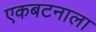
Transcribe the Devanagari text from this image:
एकबटनाला